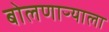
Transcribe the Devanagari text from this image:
बोलणाऱ्याला